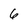
Character: 6